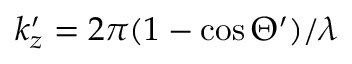
k _ { z } ^ { \prime } = 2 \pi ( 1 - \cos \Theta ^ { \prime } ) / \lambda